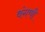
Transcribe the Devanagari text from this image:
वंगणी